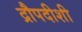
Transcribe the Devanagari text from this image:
द्रौपदीशी